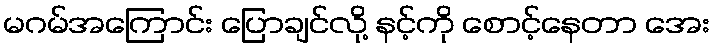
မဂမ်အကြောင်း ပြောချင်လို့ နင့်ကို စောင့်နေတာ အေး